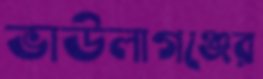
ভাউলাগঞ্জের